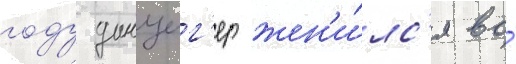
году данциг'ер жен'и́лс'я во́